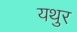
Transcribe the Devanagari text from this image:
यथुर